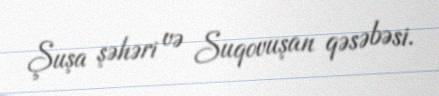
Şuşa şəhəri və Suqovuşan qəsəbəsi.